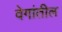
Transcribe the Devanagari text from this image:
वेगांतील